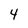
Character: 4